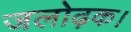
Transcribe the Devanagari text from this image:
जलोढ़क।